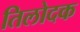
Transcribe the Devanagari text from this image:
तिलोदक